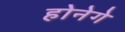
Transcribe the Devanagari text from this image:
होनेगे